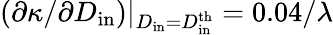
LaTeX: \left(\partial\kappa/\partial D_{\mathrm{in}}\right)\vert_{D_{\mathrm{in}}=D_{\mathrm{in}}^{\mathrm{th}}}=0.04/\lambda